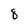
Character: 8